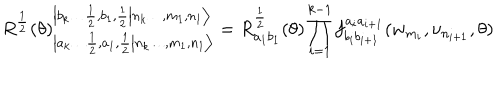
R ^ { \frac { 1 } { 2 } } ( \theta ) _ { \left| \left. a _ { k } \dots \frac { 1 } { 2 } , a _ { 1 } , \frac { 1 } { 2 } \right| n _ { k } \dots , m _ { 1 } , n _ { 1 } \right\rangle } ^ { \left| \left. b _ { k } \dots \frac { 1 } { 2 } , b _ { 1 } , \frac { 1 } { 2 } \right| n _ { k } \dots , m _ { 1 } , n _ { 1 } \right\rangle } = R _ { a _ { 1 } b _ { 1 } } ^ { \frac { 1 } { 2 } } ( \theta ) \prod _ { i = 1 } ^ { k - 1 } f _ { b _ { i } b _ { i + 1 } } ^ { a _ { i } a _ { i + 1 } } ( w _ { m _ { i } } , \nu _ { n _ { i + 1 } } , \theta )